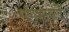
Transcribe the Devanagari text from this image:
गणेशाकडे